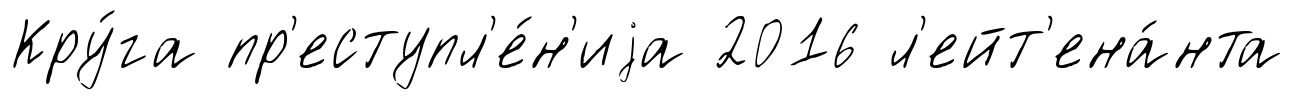
Кру́га пр'еступл'е́н'иjа 2016 л'ейт'ена́нта